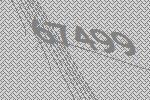
67499